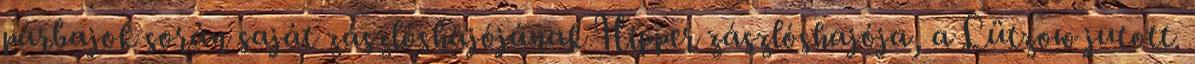
párbajok során saját zászlóshajójának Hipper zászlóshajója, a Lützow jutott.